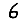
Digit: 6